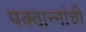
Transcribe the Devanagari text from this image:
पक्वान्‍नांची